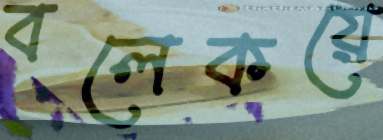
বলেকয়ে